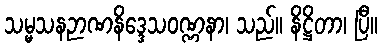
သမ္မသနဉာဏနိဒ္ဒေသဝဏ္ဏနာ၊ သည်။ နိဋ္ဌိတာ၊ ပြီ။